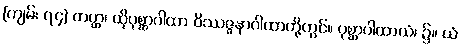
[ကျမ်း ၇၄] တတ္ထ၊ ထိုပုစ္ဆာဂါထာ ဝိဿဇ္ဇနာဂါထာတို့တွင်။ ပုစ္ဆာဂါထာယံ၊ ၌။ ယံ